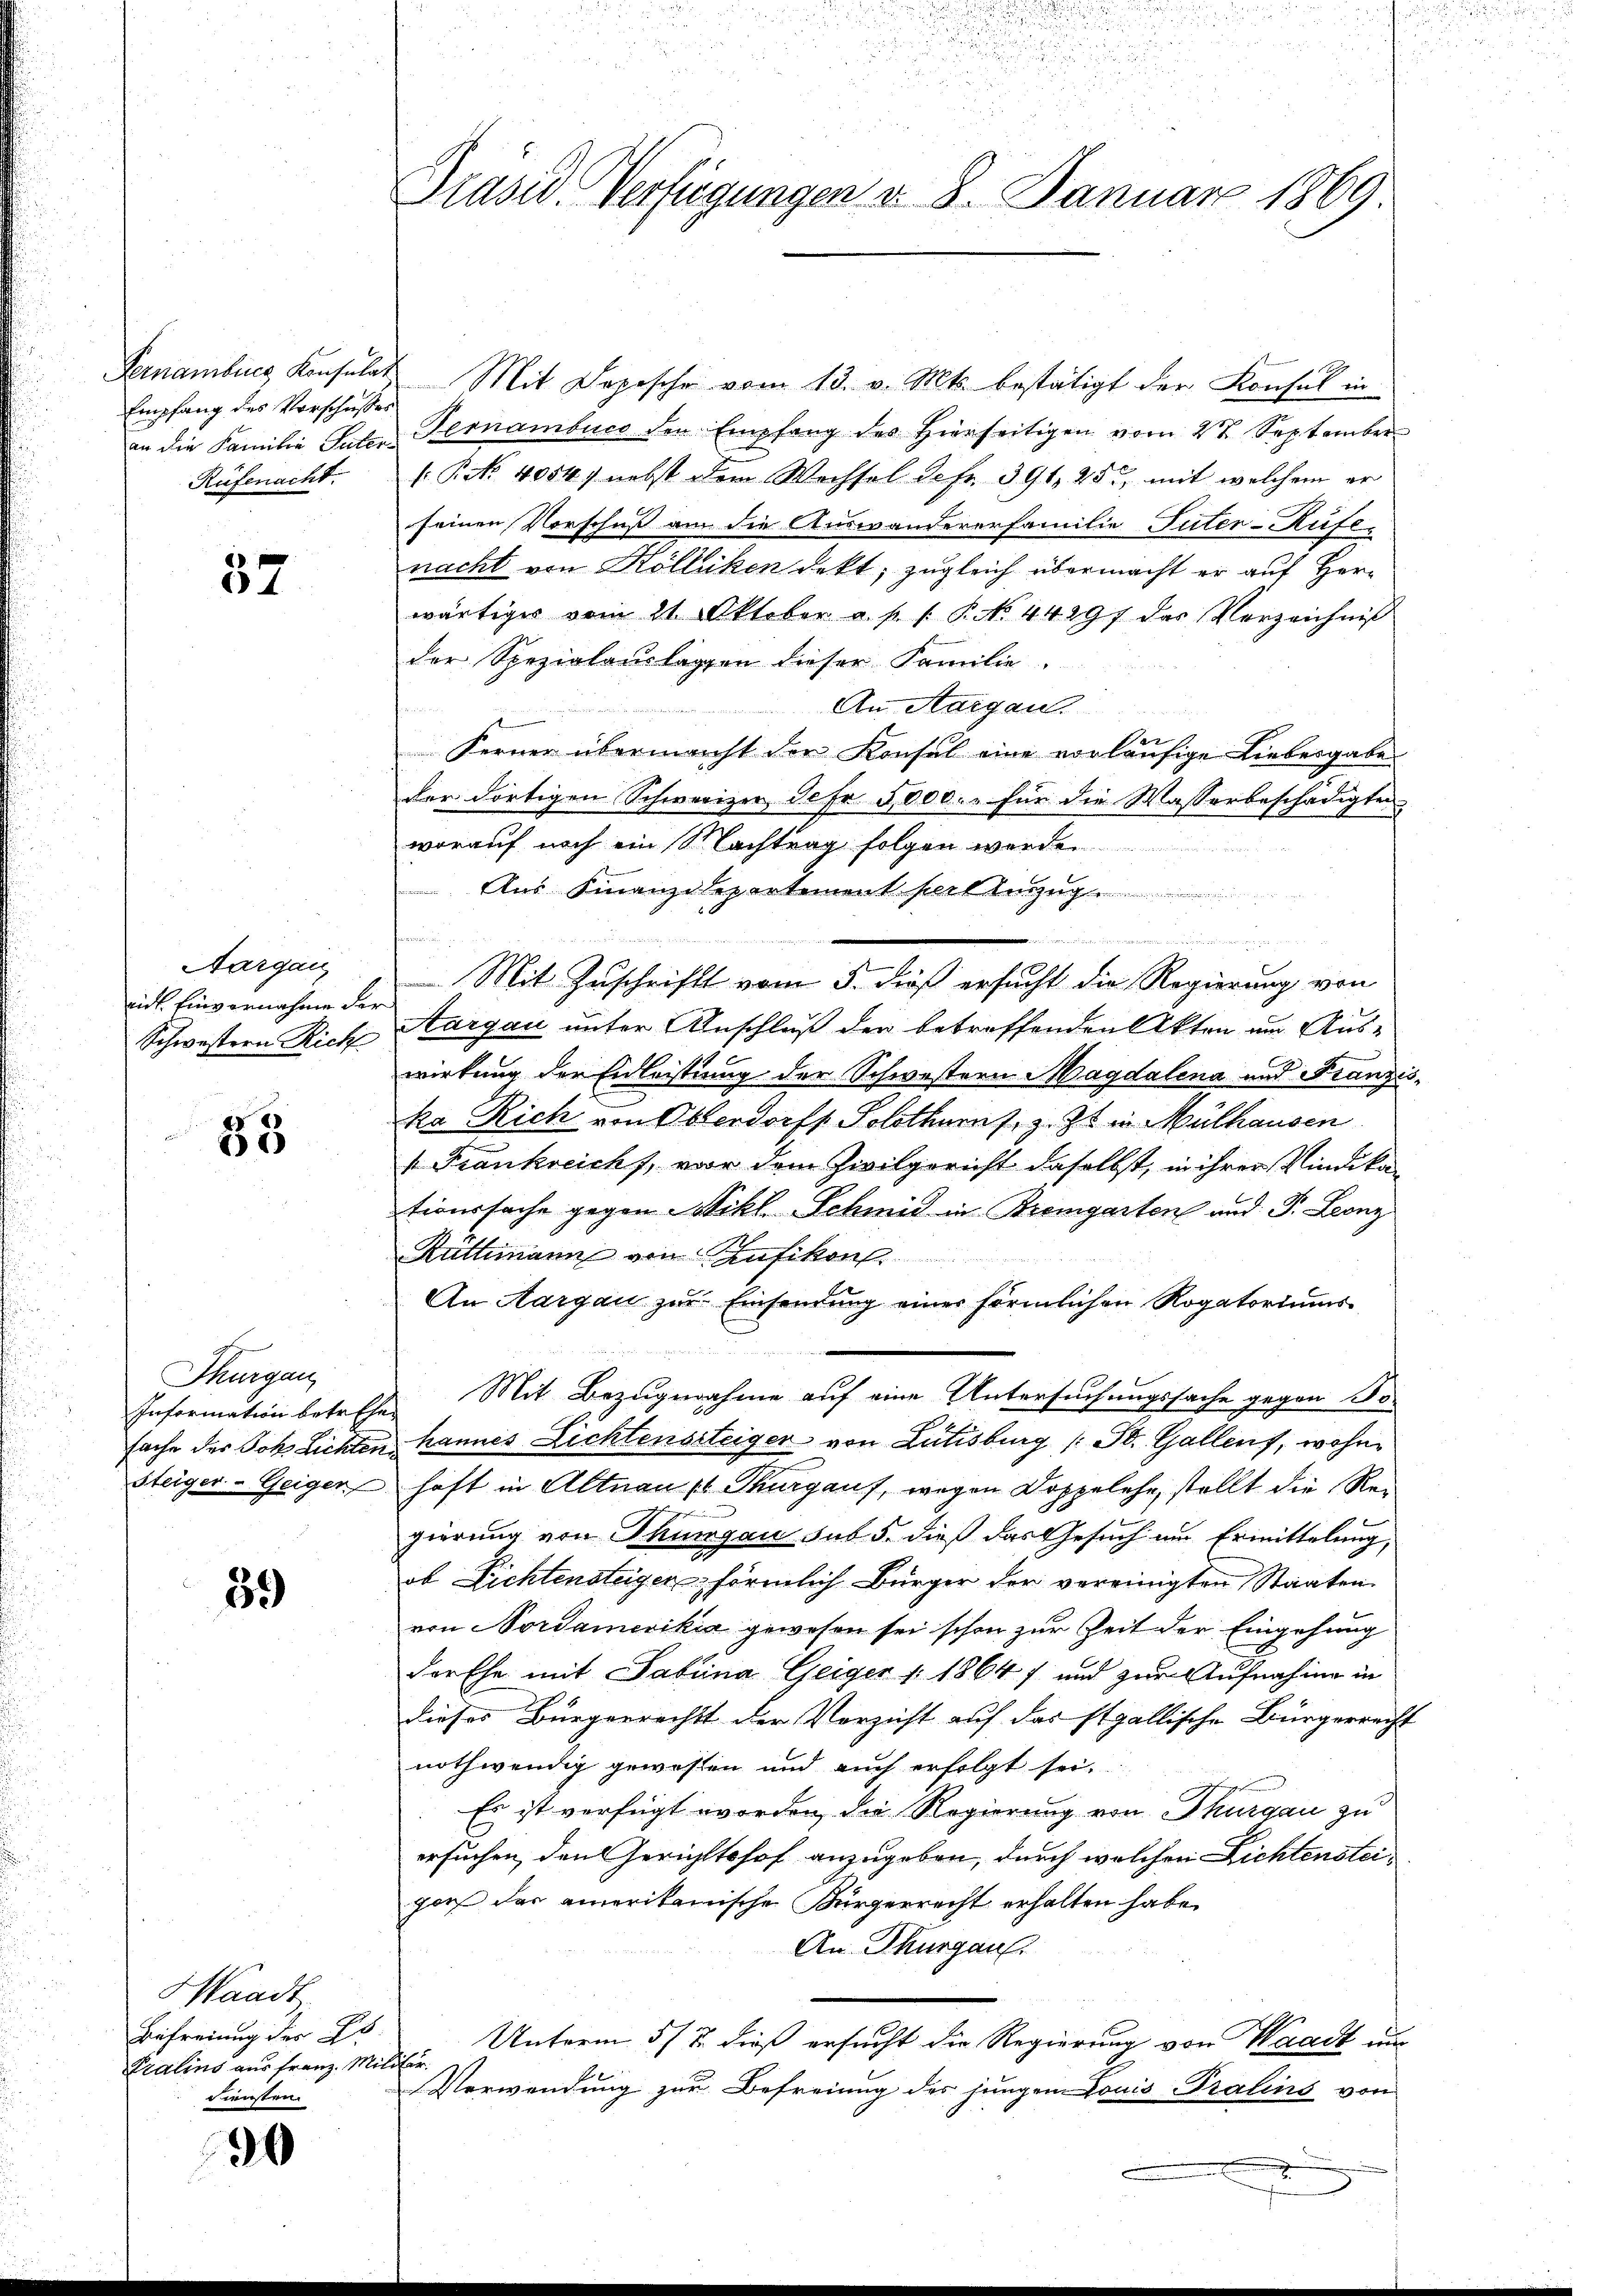
Empfang des Vorschusses
Rüfenacht.

6
64

Aargau
rickt. Einvernahme der

33

Thurgau

59

Waadt
Befreiung der E
Tralins aus Franz. Militär
Diensten.

190

Pernamburg Konsulat Mit Depesche vom 13. v. Mts. bestätigt der Konsul in
in die Familie Güter Fernambucs den Empfang des hierseitigen vom 2t September
: P. No 4054) nebst dem Wechsel defr. 391, 25, mit welchem er
seinen Vorschuß am die Auswandererfamilie Tuter-Rüfe
nacht von Kölliken dekt; zugleich übermacht er auf Herwärtiger vom 21. Oktober a. p. 1. P. No. 44297 das Verzeichnis
der Spezialauslagen dieser Familie.
An Aargau.
Ferner übermacht der Konsul eine vorläufige Liebesgabe
der dortigen Schwerizer, Sefr. 2,000.- für die Wasserbeschädigten
worauf noch ein Nachtrag folgen werde
Aus Finanzdepartement pert einzug
¬
Mit Zuschrift vom 5. dieß ersucht die Regierung von
Schwestern Rich Aargau unter Anschluß der betreffenden Akten um Auswirkung der Eidleistung der Schwestern Magdalena und Franziska Rich von Oberdorf Solothurn s. z. Z. in Mülhausen
v. Frankreicht, vor dem Zivilgericht daselbst, in ihrer Vindikationssache gegen Michl Schmid in Bremgarten und P. Leonz
Rüttimann von Aufikon
An Aargau zur Einsendung einer förmlichen Rogatoriums
u
Information betreffen Mit Bezugnahme auf eine Untersuchungssache gegen So
sache der Joh. Lichten kannes Lichtenssteiger von Lütisburg (: St. Gallens, wohnsteiger-Geigen haft in Altnau ( Thurgauf, wegen Doppelehr, stellt die Rei
gierung von Thurgau sub. 5. dieß das Gesuch um Ermittelung,
ob Lichtensteigen förmlich Bürger der vereinigten Staaten.
von Nordamerika gewesen sei schon zur Zeit der Eingehung
der Ehe mit Sabina Geiger v. 1864 f und zur Aufnahme in
dieses Bürgerrechts der Verzicht auf das stgallische Bürgerrecht
nothwendig gewesen und auch erfolgt sei.
Es ist verfügt worden, die Regierung von Thurgau zu
ersuchen, den Gerichtshof anzugeben, durch welchen Lichtensteigors der amerikanische Bürgerrecht erhalten habe.
An. Thurgau.
Unterm 5/7. dieß ersucht die Regierung von Waadt und
Verwendung zur Befreiung des jungen Louis Tralins von

Präsid. Verfügungen d. 8. Januar 1869